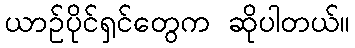
ယာဥ်ပိုင်ရှင်တွေက ဆိုပါတယ်။